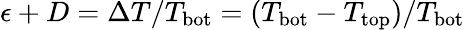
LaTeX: \epsilon+D=\Delta T/T_{\mathrm{bot}}=\left(T_{\mathrm{bot}}-T_{\mathrm{top}}\right)/T_{\mathrm{bot}}